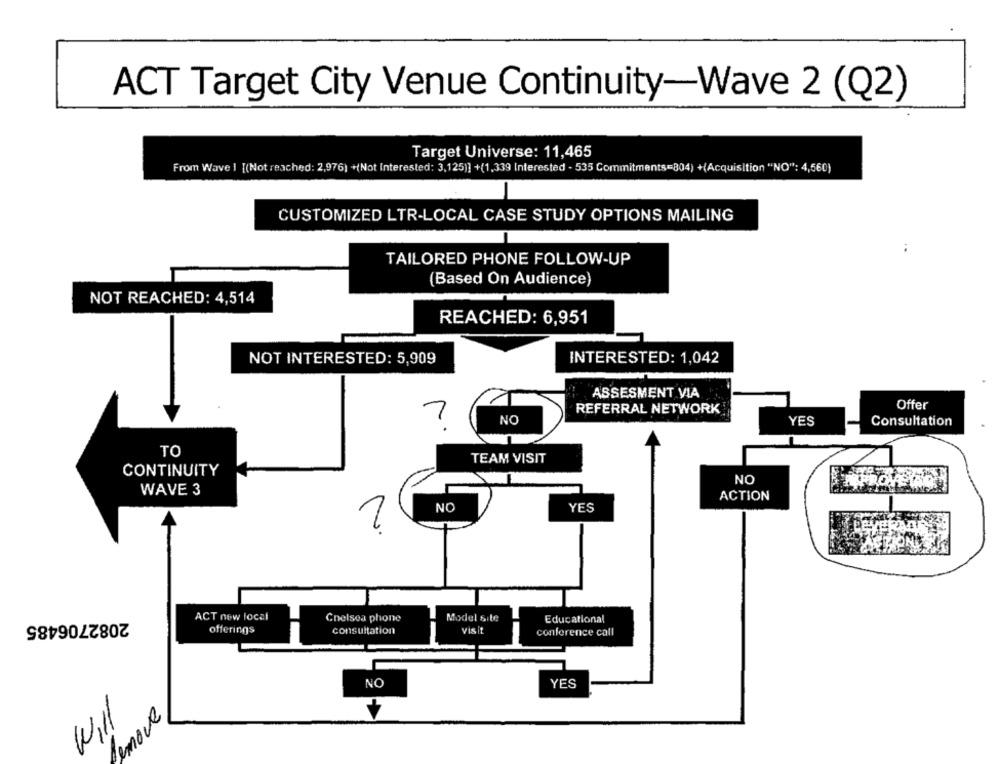
ACT Target City Venue Continuity-Wave 2 (Q2)
Target Universe: 11,465
From Wave I [(Not reached: 2,976) +(Not Interested: 3,125)] +(1,339 Interested - 535 Commitments =804) +(Acquisition "NO": 4,560)
CUSTOMIZED LTR-LOCAL CASE STUDY OPTIONS MAILING
TAILORED PHONE FOLLOW-UP
(Based On Audience)
NOT REACHED: 4,514
REACHED: 6,951
INTERESTED: 1,042
NOT INTERESTED: 5,909
ASSESMENT VIA
Offer
REFERRAL NETWORK
YES
?
NO
Consultation
TO
TEAM VISIT
CONTINUITY
NO
WAVE 3
ACTION
NO
YES
2
2082706485
ACT now local
Chelsea phone
Model site
Educational
offerings
consultation
visit
conference call
NO
YES
Will
Remove